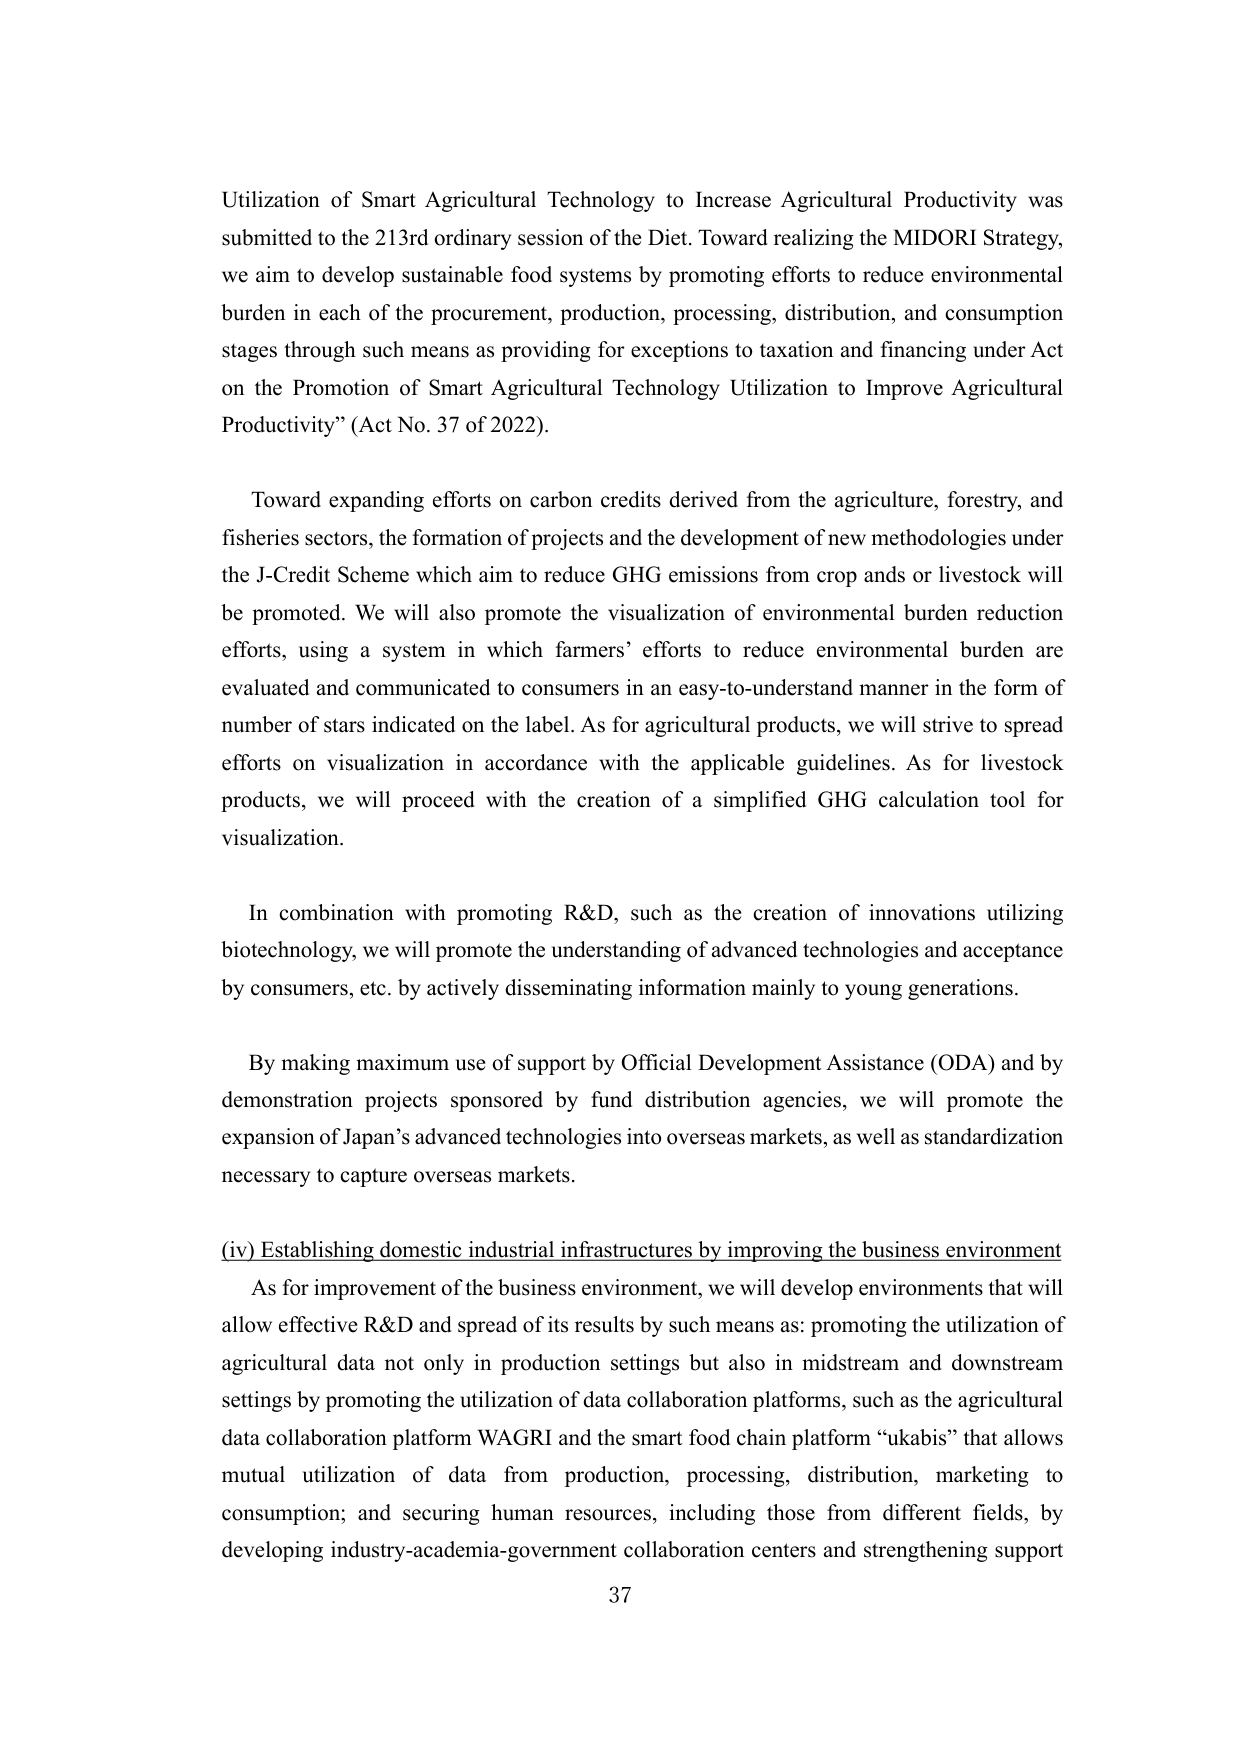
Utilization of Smart Agricultural Technology to Increase Agricultural Productivity was submitted to the 213rd ordinary session of the Diet. Toward realizing the MIDORI Strategy, we aim to develop sustainable food systems by promoting efforts to reduce environmental burden in each of the procurement, production, processing, distribution, and consumption stages through such means as providing for exceptions to taxation and financing under Act on the Promotion of Smart Agricultural Technology Utilization to Improve Agricultural Productivity” (Act No. 37 of 2022).

Toward expanding efforts on carbon credits derived from the agriculture, forestry, and fisheries sectors, the formation of projects and the development of new methodologies under the J-Credit Scheme which aim to reduce GHG emissions from crop ands or livestock will be promoted. We will also promote the visualization of environmental burden reduction efforts, using a system in which farmers’ efforts to reduce environmental burden are evaluated and communicated to consumers in an easy-to-understand manner in the form of number of stars indicated on the label. As for agricultural products, we will strive to spread efforts on visualization in accordance with the applicable guidelines. As for livestock products, we will proceed with the creation of a simplified GHG calculation tool for visualization.

In combination with promoting R&D, such as the creation of innovations utilizing biotechnology, we will promote the understanding of advanced technologies and acceptance by consumers, etc. by actively disseminating information mainly to young generations.

By making maximum use of support by Official Development Assistance (ODA) and by demonstration projects sponsored by fund distribution agencies, we will promote the expansion of Japan’s advanced technologies into overseas markets, as well as standardization necessary to capture overseas markets.

(iv) Establishing domestic industrial infrastructures by improving the business environment
As for improvement of the business environment, we will develop environments that will allow effective R&D and spread of its results by such means as: promoting the utilization of agricultural data not only in production settings but also in midstream and downstream settings by promoting the utilization of data collaboration platforms, such as the agricultural data collaboration platform WAGRI and the smart food chain platform “ukabis” that allows mutual utilization of data from production, processing, distribution, marketing to consumption; and securing human resources, including those from different fields, by developing industry-academia-government collaboration centers and strengthening support

37